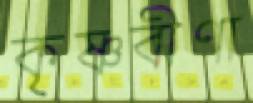
কৃষ্ণবীণা